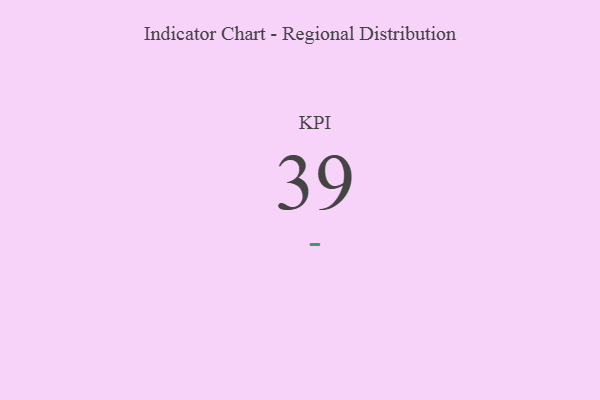
{"axis": {"x": "KPI", "y": "Value"}, "legend": [""], "data": [{"x": "KPI", "y": 39, "type": ""}]}